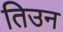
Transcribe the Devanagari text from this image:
तिउन